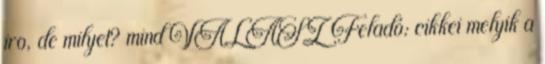
iro, de milyet? mind VÁLASZ Feladó: cikkei melyik a